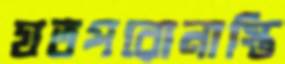
যতপরোনাস্তি